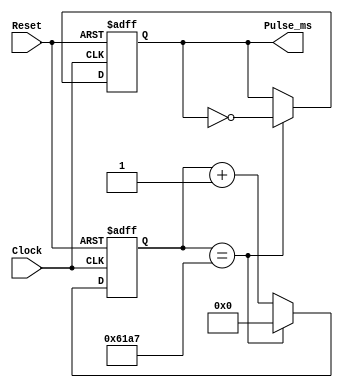

module clock_divider (Clock, Reset, Pulse_ms);
	input Clock, Reset;
	output reg Pulse_ms;
	reg [15:0] count;
	
	localparam countCompare = 25000;
	
	always @(posedge Clock or posedge Reset)
		if (Reset == 1'b1)
		begin
			count <= 15'b0;
			Pulse_ms <= 1'b0;
		end
		else if (count == countCompare -1)
		begin	
			count <= 15'b0;
			Pulse_ms <= ~Pulse_ms;
		end
		else
		begin	
			count <= count +1;
			Pulse_ms <= Pulse_ms;
		end
		
endmodule